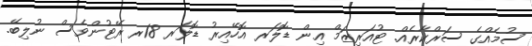
ސުމެއްގެ ސަރްކާރެއް. ޓުއަރިޒަމް އިން ޑޮލަރ އޮހޭއިރު ޑޮލަރ 18ރ ރޭޓުންވެސް ނުލިބޭ.